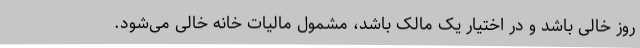
روز خالی باشد و در اختیار یک مالک باشد، مشمول مالیات خانه خالی می‌شود.